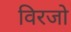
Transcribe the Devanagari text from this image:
विरजो